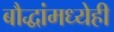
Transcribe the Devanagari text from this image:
बौद्धांमध्येही